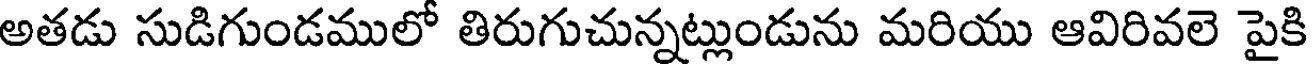
అతడు సుడిగుండములో తిరుగుచున్నట్లుండును మరియు ఆవిరివలె పైకి